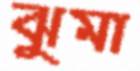
ঝুমা